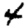
Digit: 4